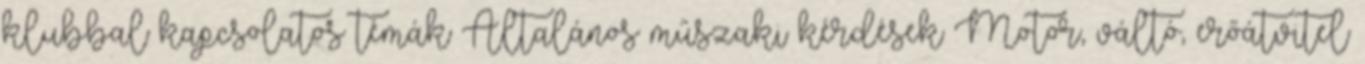
klubbal kapcsolatos témák Általános műszaki kérdések Motor, váltó, erőátvitel